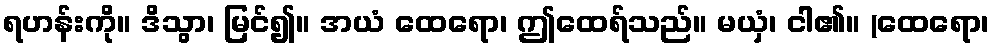
ရဟန်းကို။ ဒိသွာ၊ မြင်၍။ အယံ ထေရော၊ ဤထေရ်သည်။ မယှံ၊ ငါ၏။ (ထေရော၊